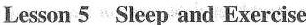
Lesson 5 Sleep and Exercise